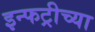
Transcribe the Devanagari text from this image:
इन्फट्रीच्या